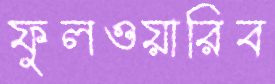
ফুলওয়ারিব